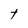
Character: t